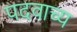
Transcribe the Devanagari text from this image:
पदवाच्य